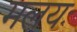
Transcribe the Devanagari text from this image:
मलयः